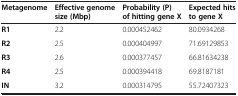
<table><thead><tr><td><b>Metagenome</b></td><td><b>Effective genome size (Mbp)</b></td><td><b>Probability (P) of hitting gene X</b></td><td><b>Expected hits to gene X</b></td></tr></thead><tbody><tr><td><b>R1</b></td><td>2.2</td><td>0.000452462</td><td>80.0934268</td></tr><tr><td><b>R2</b></td><td>2.5</td><td>0.000404997</td><td>71.69129853</td></tr><tr><td><b>R3</b></td><td>2.6</td><td>0.000377457</td><td>66.81634238</td></tr><tr><td><b>R4</b></td><td>2.5</td><td>0.000394418</td><td>69.8187181</td></tr><tr><td><b>IN</b></td><td>3.2</td><td>0.000314795</td><td>55.72407323</td></tr></tbody></table>